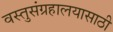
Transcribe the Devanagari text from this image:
वस्तुसंग्रहालयासाठी